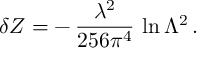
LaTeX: \delta Z = - \, \frac { \lambda ^ { 2 } } { 2 5 6 \pi ^ { 4 } } \, \ln \Lambda ^ { 2 } \, .